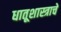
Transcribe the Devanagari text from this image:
धातूशास्त्राचे